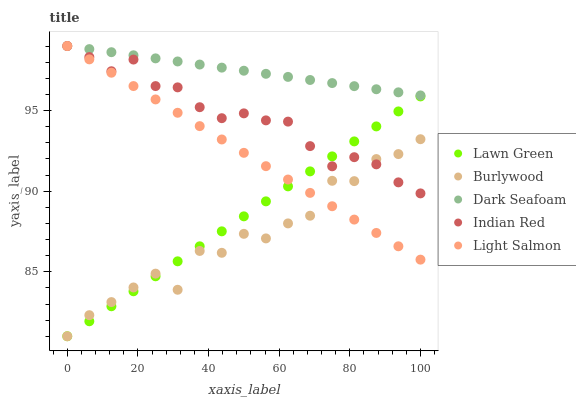
| xaxis_label | Lawn Green | Burlywood | Dark Seafoam | Indian Red | Light Salmon |
 | --- | --- | --- | --- | --- | --- |
 | 0 | 81 | 81 | 99 | 99 | 99 |
 | 6.25 | 81.9 | 82.3 | 98.8 | 98.3 | 98.2 |
 | 12.5 | 82.9 | 83.1 | 98.6 | 97.4 | 97.3 |
 | 18.8 | 83.8 | 84 | 98.4 | 98.2 | 96.5 |
 | 25 | 84.7 | 84.9 | 98.2 | 96.5 | 95.7 |
 | 31.2 | 85.6 | 83.9 | 98 | 96.4 | 94.9 |
 | 37.5 | 86.6 | 86.3 | 97.9 | 95.2 | 94 |
 | 43.8 | 87.5 | 86.2 | 97.7 | 94.5 | 93.2 |
 | 50 | 88.4 | 87.4 | 97.5 | 94.8 | 92.4 |
 | 56.2 | 89.4 | 87.1 | 97.3 | 94.4 | 91.5 |
 | 62.5 | 90.3 | 88 | 97.1 | 94.3 | 90.7 |
 | 68.8 | 91.2 | 88.5 | 96.9 | 92.8 | 89.9 |
 | 75 | 92.2 | 90.6 | 96.7 | 91.5 | 89.1 |
 | 81.2 | 93.1 | 90.6 | 96.5 | 92.1 | 88.2 |
 | 87.5 | 94 | 92 | 96.3 | 91.7 | 87.4 |
 | 93.8 | 94.9 | 92.3 | 96.1 | 90.5 | 86.6 |
 | 100 | 95.9 | 93.2 | 95.9 | 89.9 | 85.8 |